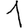
Digit: 1